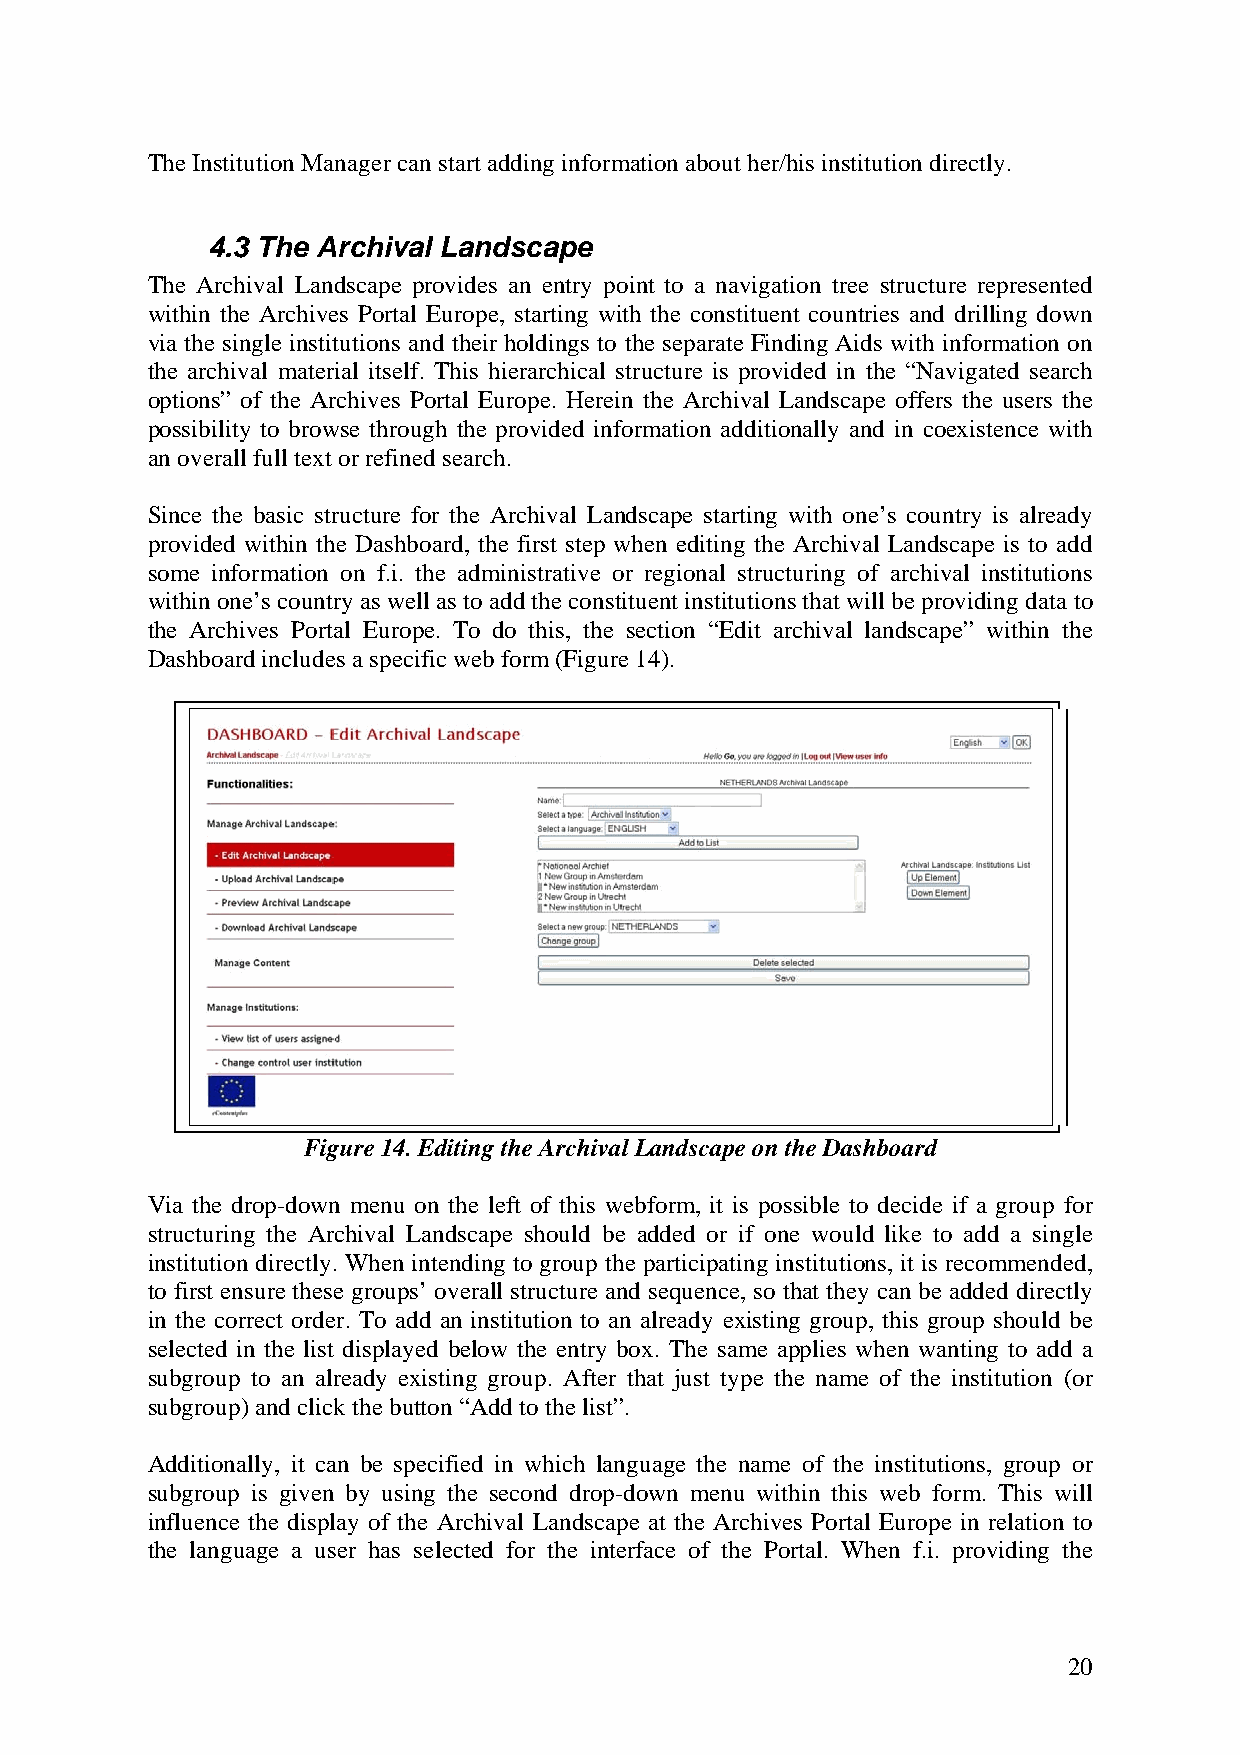
The Institution Manager can start adding information about her/his institution directly.
 4.3 The Archival Landscape
 The Archival Landscape provides an entry point to a navigation tree structure represented
 within the Archives Portal Europe, starting with the constituent countries and drilling down
 via the single institutions and their holdings to the separate Finding Aids with information on
 the archival material itself. This hierarchical structure is provided in the “Navigated search
 options” of the Archives Portal Europe. Herein the Archival Landscape offers the users the
 possibility to browse through the provided information additionally and in coexistence with
 an overall full text or refined search.
 Since the basic structure for the Archival Landscape starting with one’s country is already
 provided within the Dashboard, the first step when editing the Archival Landscape is to add
 some information on f.i. the administrative or regional structuring of archival institutions
 within one’s country as well as to add the constituent institutions that will be providing data to
 the Archives Portal Europe. To do this, the section “Edit archival landscape” within the
 Dashboard includes a specific web form (Figure 14).
 Figure 14. Editing the Archival Landscape on the Dashboard
 Via the drop-down menu on the left of this webform, it is possible to decide if a group for
 structuring the Archival Landscape should be added or if one would like to add a single
 institution directly. When intending to group the participating institutions, it is recommended,
 to first ensure these groups’ overall structure and sequence, so that they can be added directly
 in the correct order. To add an institution to an already existing group, this group should be
 selected in the list displayed below the entry box. The same applies when wanting to add a
 subgroup to an already existing group. After that just type the name of the institution (or
 subgroup) and click the button “Add to the list”.
 Additionally, it can be specified in which language the name of the institutions, group or
 subgroup is given by using the second drop-down menu within this web form. This will
 influence the display of the Archival Landscape at the Archives Portal Europe in relation to
 the language a user has selected for the interface of the Portal. When f.i. providing the
 20